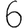
Digit: 6